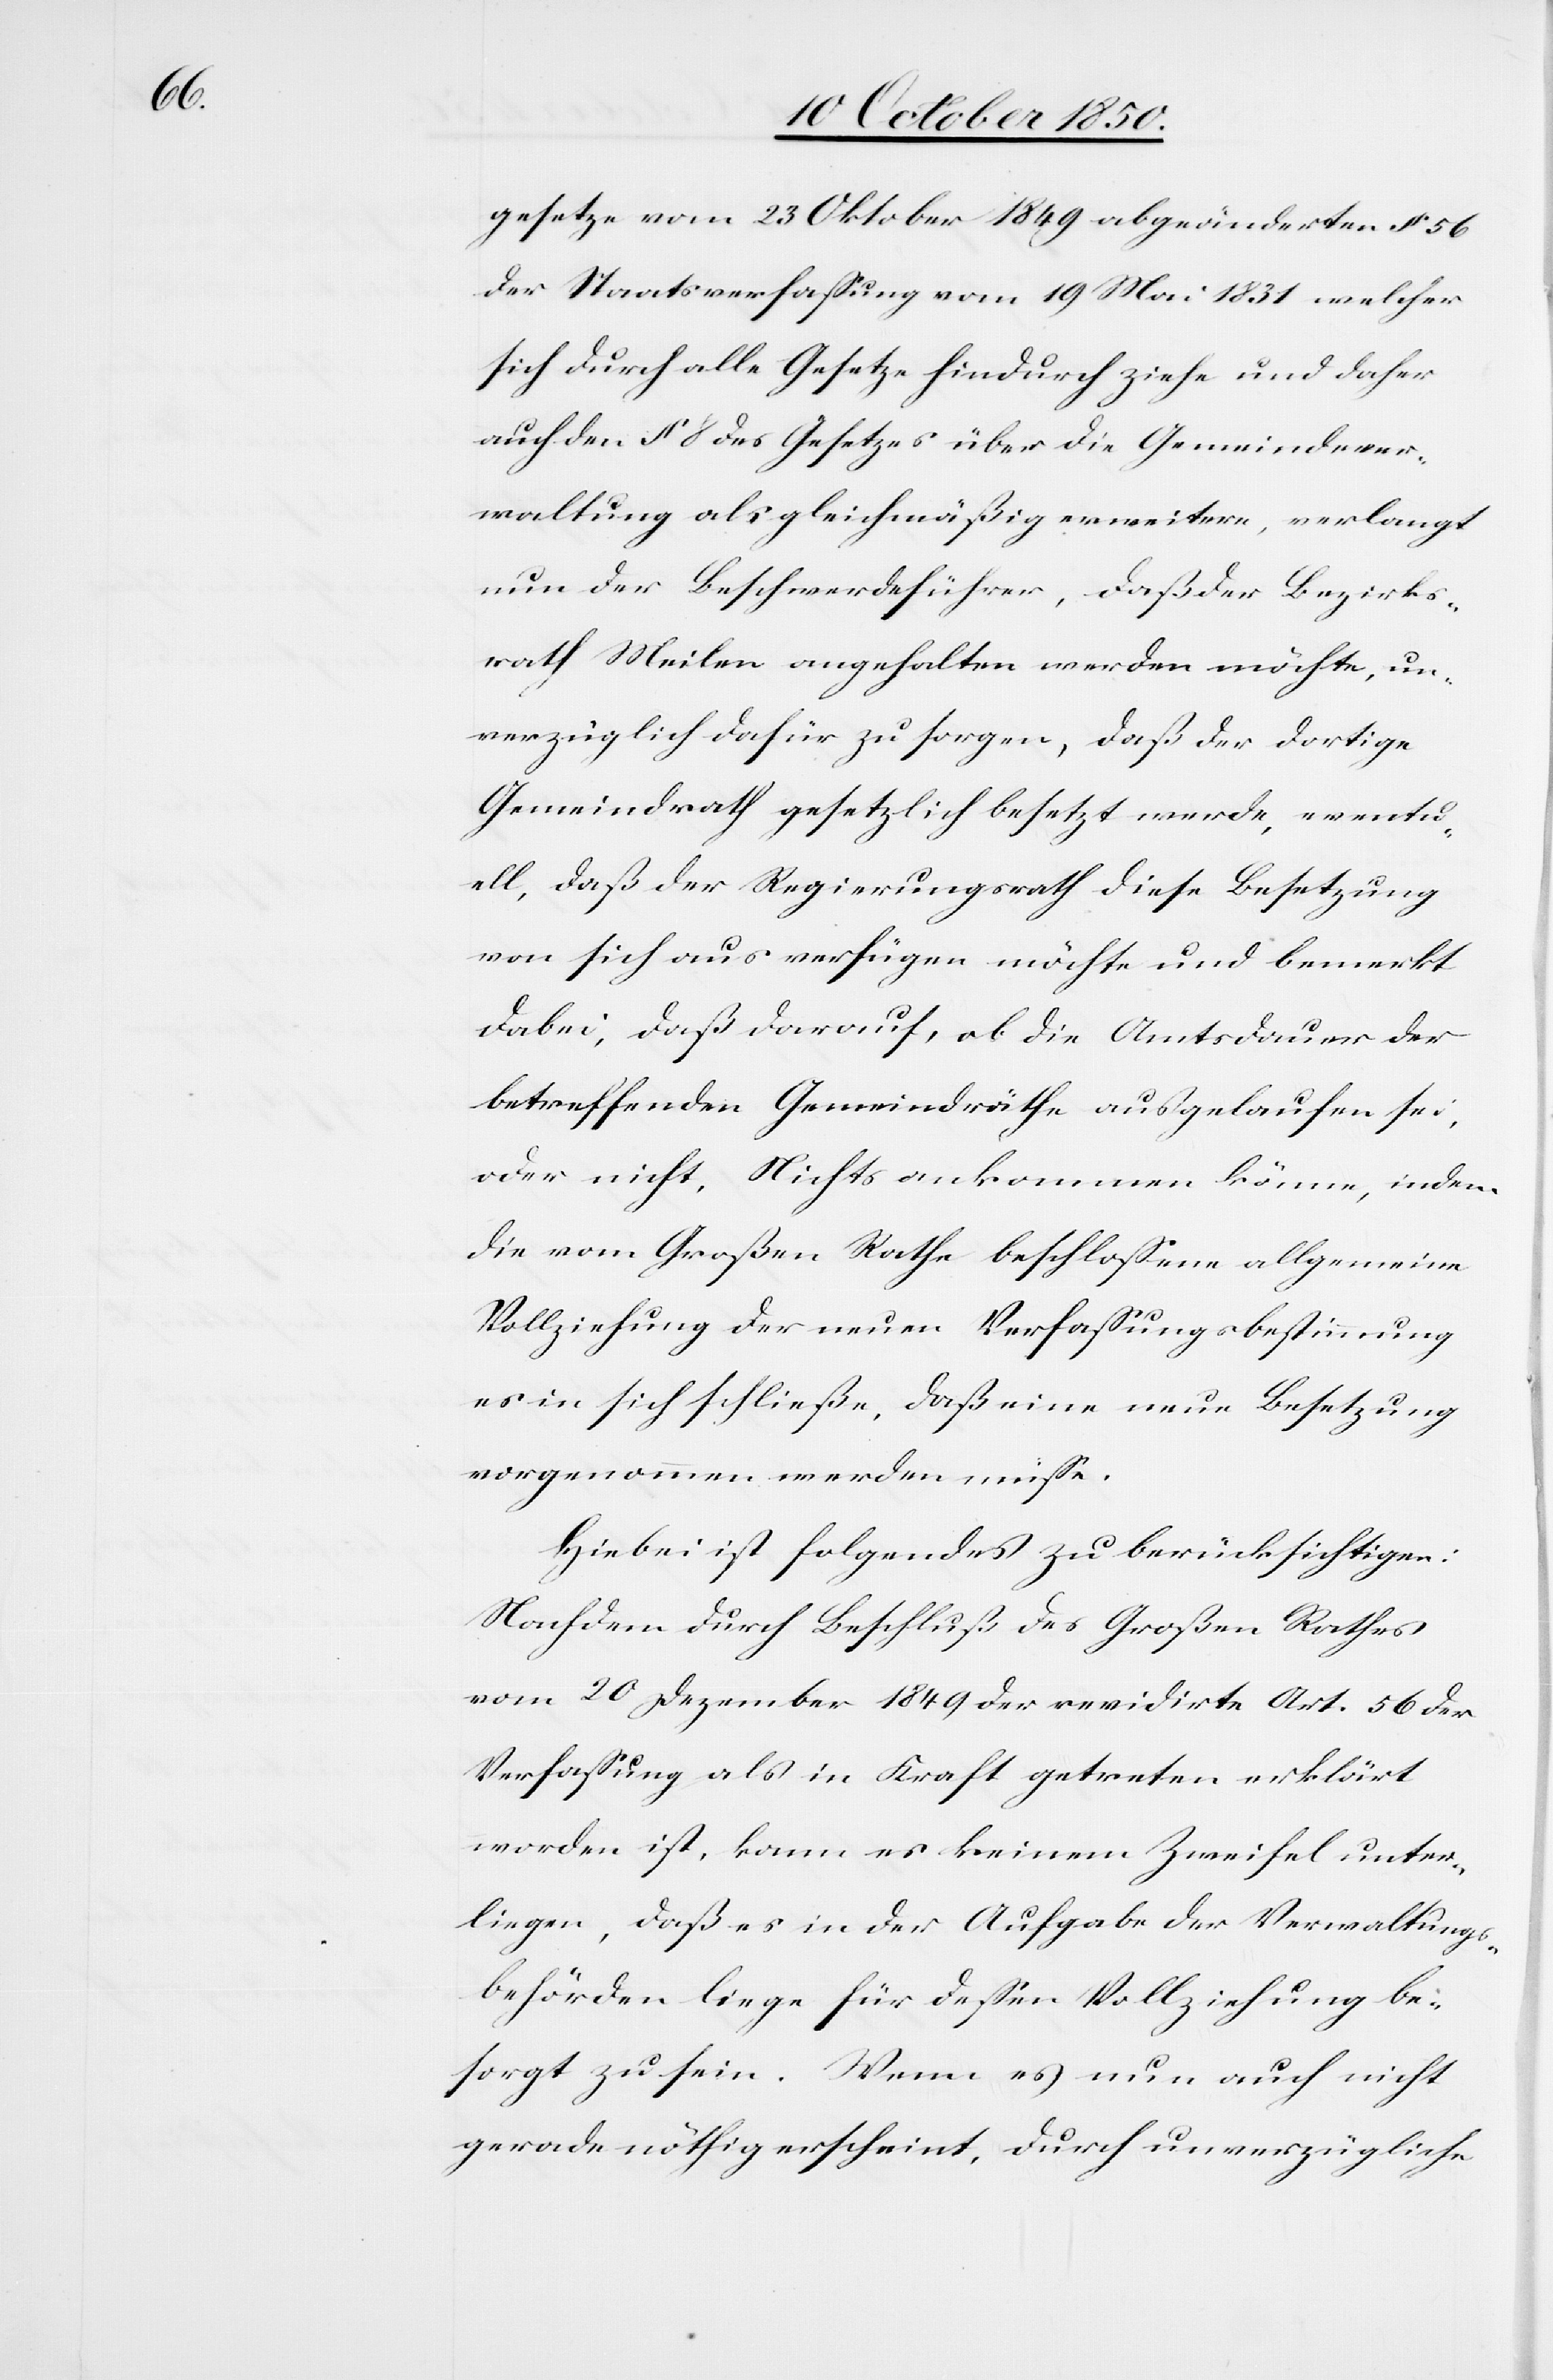
gesetze vom 23 Oktober 1849 abgeänderten § 56
der Staatsverfassung vom 19 Mai 1831 welcher
sich durch alle Gesetze hindurch ziehe und daher
auch den § 8 des Gesetzes über die Gemeindever¬
waltung als gleichmäßig erweitere, verlangt
nun der Beschwerdeführer, daß der Bezirks¬
rath Meilen angehalten werden möchte, un¬
verzüglich dafür zu sorgen, daß der dortige
Gemeindrath gesetzlich besetzt werde, eventu¬
ell, daß der Regierungsrath diese Besetzung
von sich aus verfügen möchte und bemerkt
dabei, daß darauf, ob die Amtsdauer der
betreffenden Gemeindräthe ausgelaufen sei,
oder nicht Nichts ankommen könne indem
die vom Großen Rathe beschlossene allgemeine
Vollziehung der neuen Verfassungsbestimmung
es in sich schließe, daß eine neue Besetzung
vorgenommen werden müsse.
Hiebei ist folgendes zu berücksichtigen:
Nachdem durch Beschluß des Großen Rathes
vom 20 Dezember 1849 der revidirte Art. 56 der
Verfassung als in Kraft getreten erklärt
worden ist, kann es keinem Zweifel unter¬
liegen, daß es in der Aufgabe der Verwaltungs¬
behörden liege für dessen Vollziehung be¬
sorgt zu sein. Wenn es nun auch nicht
gerade nöthig erscheint, durch unverzügliche